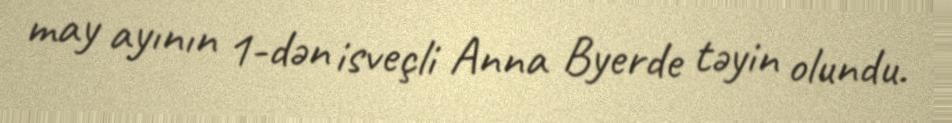
may ayının 1-dən isveçli Anna Byerde təyin olundu.